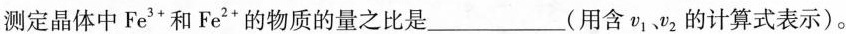
测定晶体中Fe3*和Fe'”的物质的量之比是_____(用含vv2的计算式表示)。